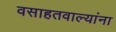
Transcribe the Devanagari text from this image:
वसाहतवाल्यांना